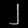
Digit: ၂